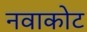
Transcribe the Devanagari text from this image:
नवाकोट